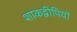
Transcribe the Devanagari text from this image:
शाकद्वीपियों